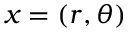
x = ( r , \theta )